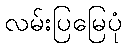
လမ်းပြမြေပုံ